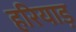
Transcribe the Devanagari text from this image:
हरियाड़